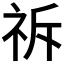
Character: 𮁪